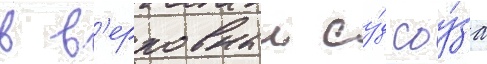
в в'ерховныи су́д соу́за